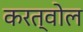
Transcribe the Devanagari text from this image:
करत्वोल